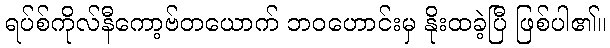
ရပ်စ်ကိုလ်နီကော့ဗ်တယောက် ဘဝဟောင်းမှ နိုးထခဲ့ပြီ ဖြစ်ပါ၏။